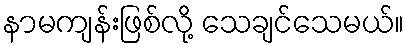
နာမကျန်းဖြစ်လို့ သေချင်သေမယ်။